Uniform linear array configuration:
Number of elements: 12
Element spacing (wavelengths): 0.25
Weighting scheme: cosine
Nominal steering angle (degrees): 60
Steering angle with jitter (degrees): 60.432
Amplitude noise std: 0.05
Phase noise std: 0.05

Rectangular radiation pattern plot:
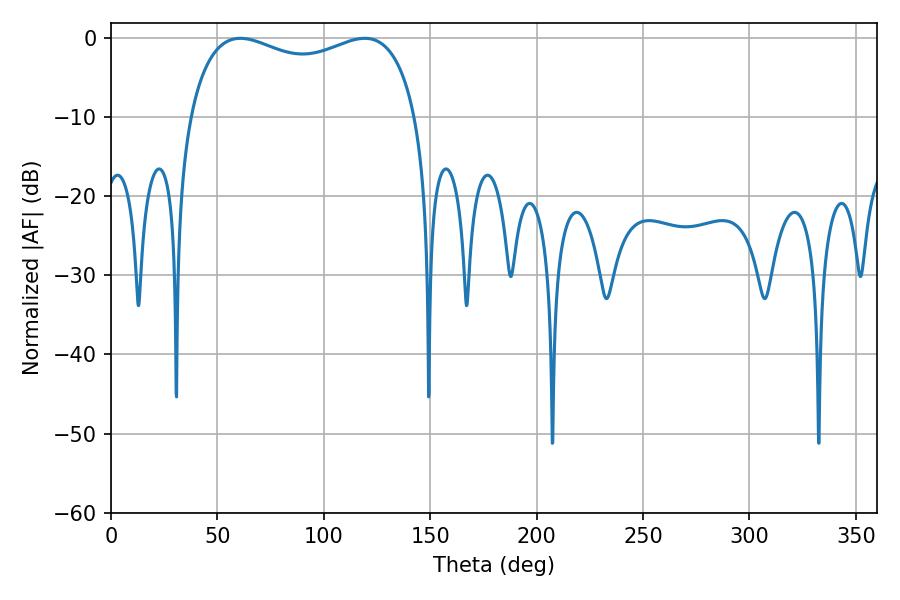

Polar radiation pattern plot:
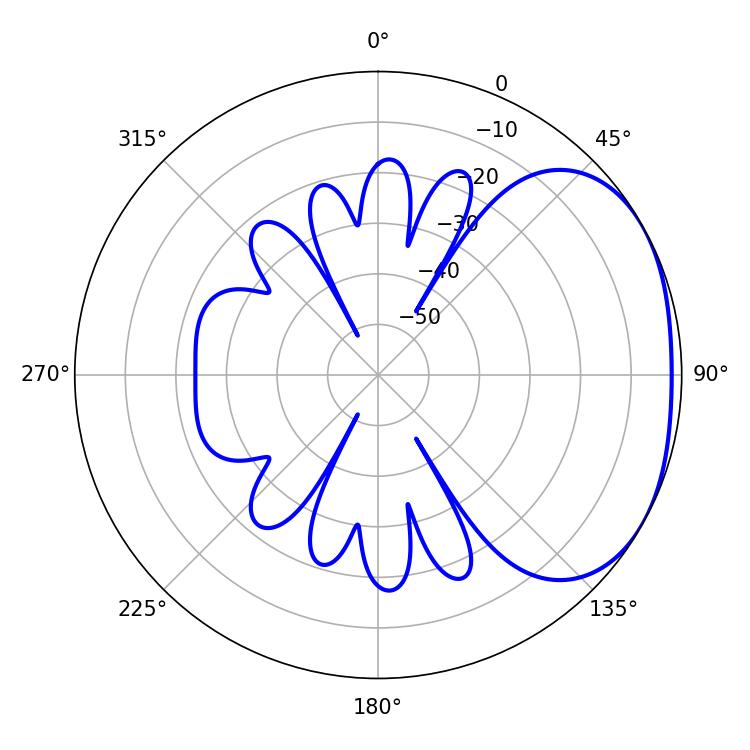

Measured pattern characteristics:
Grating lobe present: FALSE
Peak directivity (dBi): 2.301
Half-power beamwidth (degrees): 88.2
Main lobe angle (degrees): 60.84